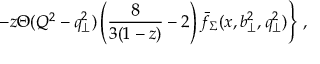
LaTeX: - z \Theta ( Q ^ { 2 } - q _ { \perp } ^ { 2 } ) \left( { \frac { 8 } { 3 ( 1 - z ) } } - 2 \right) \bar { f } _ { \Sigma } ( x , b _ { \perp } ^ { 2 } , q _ { \perp } ^ { 2 } ) \Bigg \} \; ,